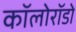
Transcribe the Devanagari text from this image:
कॉलोरॉडो